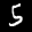
Label: 5